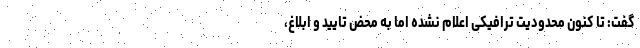
گفت: تا کنون محدودیت ترافیکی اعلام نشده اما به محض تایید و ابلاغ،